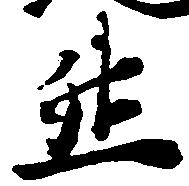
然